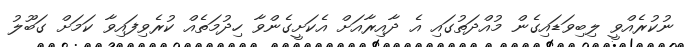
ނުކުރެއްވީ ލިބިވަޑައިގެން މުއްދަތުގައި އެ ދާއިރާއަށް އެކަށީގެންވާ ހިދުމަތެއް ކުރެވިފައިވާ ކަމަށް ގަބޫލު